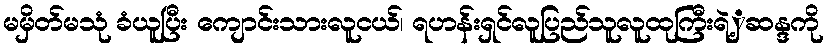
မမှိတ်မသုံ ခံယူပြီး ကျောင်းသားလူငယ်၊ ရဟန်းရှင်လူပြည်သူလူထုကြီးရဲ့ှဆန္ဒကို